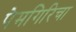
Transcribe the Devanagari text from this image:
पेमगिरिचा